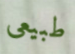
طبيعى